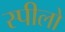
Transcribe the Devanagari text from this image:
स्पीलो